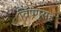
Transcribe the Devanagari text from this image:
विष्णूसह